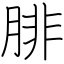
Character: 腓